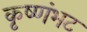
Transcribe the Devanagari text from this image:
कृष्णंभट